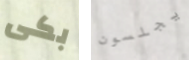
بكى يجلسون